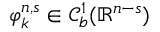
\varphi _ { k } ^ { n , s } \in \mathcal { C } _ { b } ^ { 1 } ( \mathbb { R } ^ { n - s } )